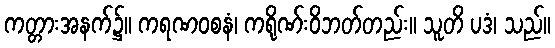
ကတ္တားအနက်၌။ ကရဏဝစနံ၊ ကရိုဏ်းဝိဘတ်တည်း။ သူတိ ပဒံ၊ သည်။